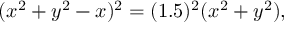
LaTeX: ( x ^ { 2 } + y ^ { 2 } - x ) ^ { 2 } = ( 1 . 5 ) ^ { 2 } ( x ^ { 2 } + y ^ { 2 } ) ,